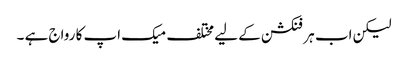
لیکن اب ہر فنکشن کے لیے مختلف میک اپ کا رواج ہے ۔